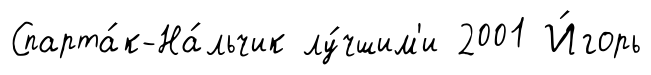
Спарта́к-На́льчик лу́чшим'и 2001 И́горь